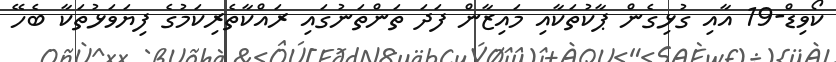
ކޯވިޑް-19 އާއި ގުޅިގެން ޕާކުތަކާއި މައިޒާން ފަދަ ތަންތަނުގައި ރައްކާތެރިކަމުގެ ފިޔަވަޅުތަކާ ބެހޭ